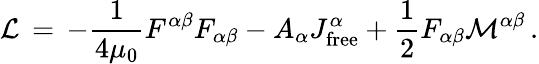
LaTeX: {\mathcal{L}}\, =\, -{\frac{1}{4\mu_{0}}}F^{\alpha\beta}F_{\alpha\beta}-A_{\alpha}J_{\mathrm{free}}^{\alpha}+{\frac{1}{2}}F_{\alpha\beta}{\mathcal{M}}^{\alpha\beta}\, .